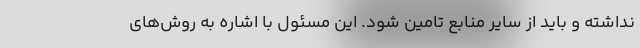
نداشته و باید از سایر منابع تامین شود. این مسئول با اشاره به روش‌های